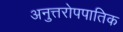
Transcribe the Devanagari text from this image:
अनुत्तरोपपातिक